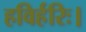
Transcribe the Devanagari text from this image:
हविर्हरिः।